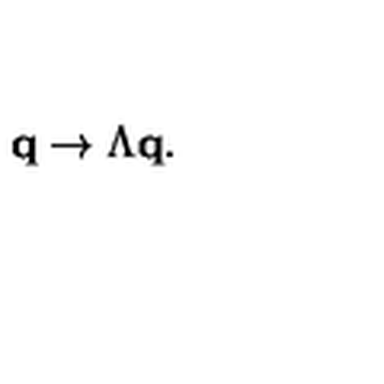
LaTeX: { \bf q } \rightarrow \Lambda { \bf q } .